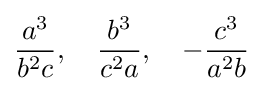
{\frac {a^{3}}{b^{2}c}},\quad {\frac {b^{3}}{c^{2}a}},\quad -{\frac {c^{3}}{a^{2}b}}